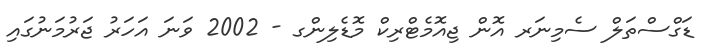
ޑަގްސްތަލް ސެމިނަރ އޮން ޖިއޮމެޓްރިކް މޮޑެލިންގ - 2002 ވަނަ އަހަރު ޖަރުމަނުގައި